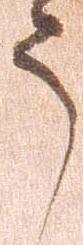
う